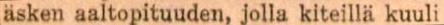
äsken aaltopituuden, jolla kiteillä kuuli